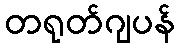
တရုတ်ဂျပန်